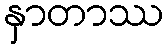
နှာတာဿ